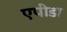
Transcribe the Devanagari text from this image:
एपीडा